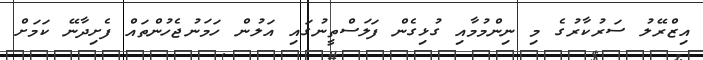
އިޒްރޭލު ސަރުކާރުގެ މި ނިންމުމާއި ގުޅިގެން ފަލަސްތީނުގައި އަލުން ހަމަނުޖެހުންތައް ފެށިދާނޭ ކަމަށް